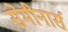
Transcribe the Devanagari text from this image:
सेमीनार्स